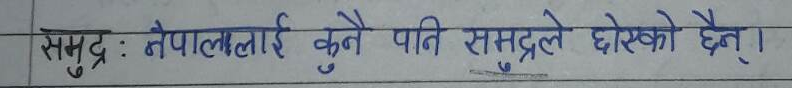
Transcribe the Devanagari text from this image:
समुद्र : नेपाललाई कुनै पनि समुद्रले घेरेको छैन ।